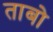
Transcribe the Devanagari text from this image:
ताबो